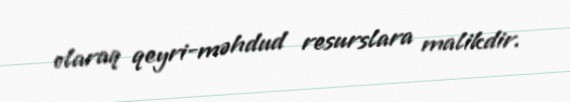
olaraq qeyri-məhdud resurslara malikdir.